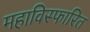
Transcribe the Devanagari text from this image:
महाविस्फारित